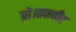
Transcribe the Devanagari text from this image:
प्रो।तनवीर